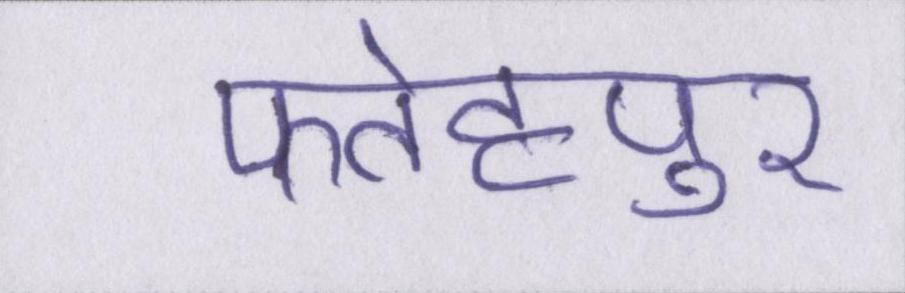
फतेहपुर